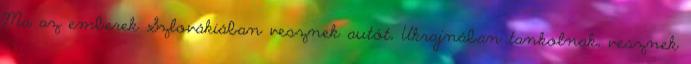
Ma az emberek Szlovákiában vesznek autót, Ukrajnában tankolnak, vesznek